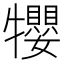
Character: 𤜉